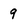
Character: 9